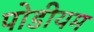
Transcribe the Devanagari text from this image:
पोडीयम